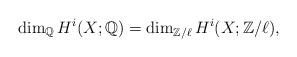
LaTeX: \begin{align*}\dim_{\mathbb{Q}} H^i(X;\mathbb{Q})= \dim_{\mathbb{Z}/\ell} H^i(X;\mathbb{Z}/\ell),\end{align*}